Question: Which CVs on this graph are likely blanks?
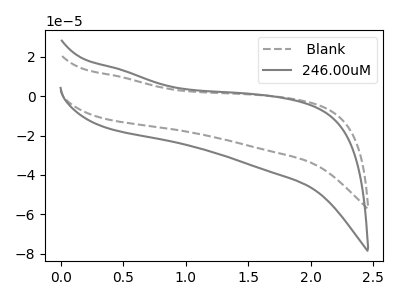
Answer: <think>The gray dashed curve " Blank" has no peaks. The gray curve "246.00uM" has no peaks.</think>
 <answer>" Blank" and "246.00uM" are likely to be blanks.</answer>
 <eval>" Blank", "246.00uM"</eval>